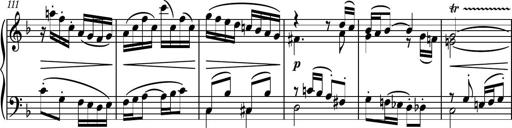
Title: Piano Sonatina II
Composer: Dimitri Sykias
Key: F major